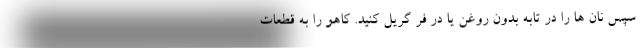
سپس نان ها را در تابه بدون روغن یا در فر گریل کنید. کاهو را به قطعات